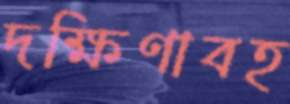
দক্ষিণাবহ